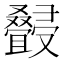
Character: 𰇆